[Report on the health of British troops in the Madras command]
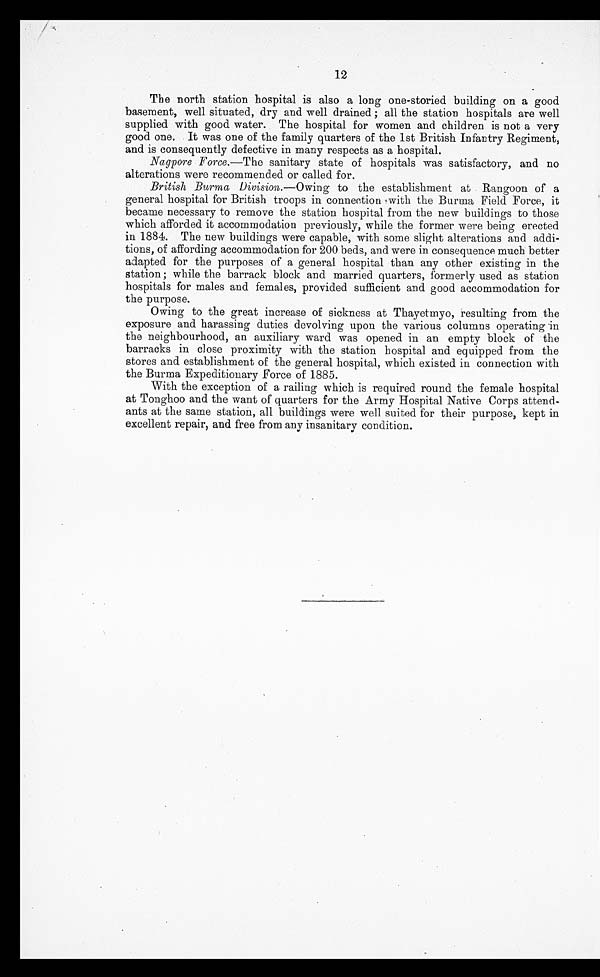
12
The north station hospital is also a long one-storied building on a good
basement, well situated, dry and well drained; all the station hospitals are well
supplied with good water. The hospital for women and children is not a very
good one. It was one of the family quarters of the 1st British Infantry Regiment,
and is consequently defective in many respects as a hospital.
Nagpore Force.—The sanitary state of hospitals was satisfactory, and no
alterations were recommended or called for.
British Burma Division.—Owing to the establishment at Rangoon of a
general hospital for British troops in connection with the Burma Field Force, it
became necessary to remove the station hospital from the new buildings to those
which afforded it accommodation previously, while the former were being erected
in 1884. The new buildings were capable, with some slight alterations and addi
-tions, of affording accommodation for 200 beds, and were in consequence much better
adapted for the purposes of a general hospital than any other existing in the
station; while the barrack block and married quarters, formerly used as station
hospitals for males and females, provided sufficient and good accommodation for
the purpose.
Owing to the great increase of sickness at Thayetmyo, resulting from the
exposure and harassing duties devolving upon the various columns operating in
the neighbourhood, an auxiliary ward was opened in an empty block of the
barracks in close proximity with the station hospital and equipped from the
stores and establishment of the general hospital, which existed in connection with
the Burma Expeditionary Force of 1885.
With the exception of a railing which is required round the female hospital
at Tonghoo and the want of quarters for the Army Hospital Native Corps attend
-ants at the same station, all buildings were well suited for their purpose, kept in
excellent repair, and free from any insanitary condition.